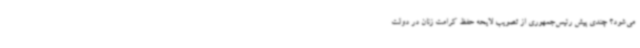
می‌شود؟ چندی پیش رئیس‌جمهوری از تصویب لایحه حفظ کرامت زنان در دولت